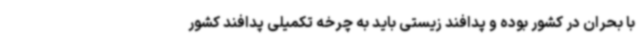
با بحران در کشور بوده و پدافند زیستی باید به چرخه تکمیلی پدافند کشور